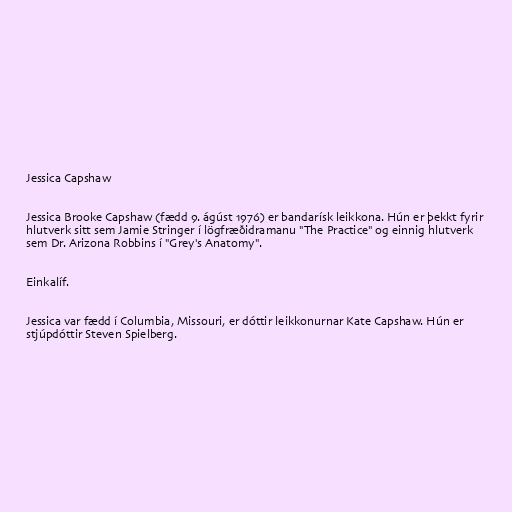
Jessica Capshaw

Jessica Brooke Capshaw (fædd 9. ágúst 1976) er bandarísk leikkona. Hún er þekkt fyrir
hlutverk sitt sem Jamie Stringer í lögfræðidramanu "The Practice" og einnig hlutverk
sem Dr. Arizona Robbins í "Grey's Anatomy".

Einkalíf.

Jessica var fædd í Columbia, Missouri, er dóttir leikkonurnar Kate Capshaw. Hún er
stjúpdóttir Steven Spielberg.